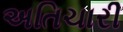
અતિચારી